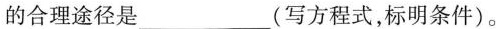
的合理途径是___(写方程式，标明条件)。